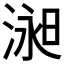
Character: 𱧞